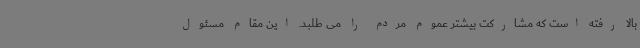
بالا رفته است که مشارکت بیشتر عموم مردم را می طلبد. این مقام مسئول